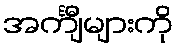
အင်္ကျီများကို